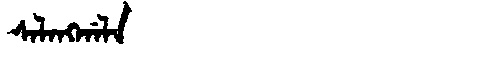
Manchu: ᠰᠠᠯᠠᠩᡤᠠᠯᠠ
Romanization: SALANGGALA